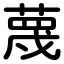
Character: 蔑